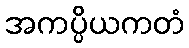
အကပ္ပိယကတံ